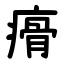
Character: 㾶